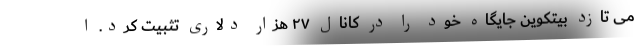
می تازد بیتکوین جایگاه خود را در کانال ۲۷ هزار دلاری تثبیت کرد. ا